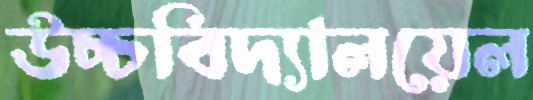
উচ্চবিদ্যালয়েল